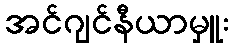
အင်ဂျင်နီယာမှူး